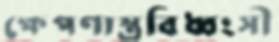
ক্ষেপণাস্ত্রবিধ্বংসী